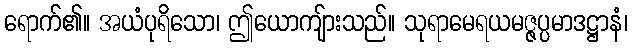
ရောက်၏။ အယံပုရိသော၊ ဤယောကျ်ားသည်။ သုရာမေရယမဇ္ဇပ္ပမာဒဋ္ဌာနံ၊